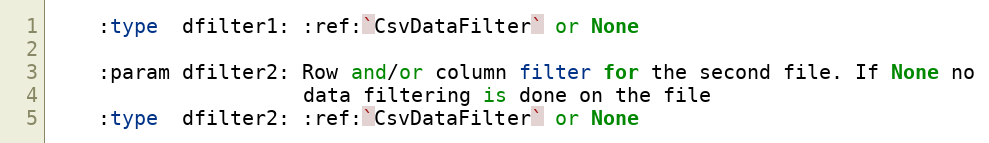
Language: Python
    :type  dfilter1: :ref:`CsvDataFilter` or None

    :param dfilter2: Row and/or column filter for the second file. If None no
                     data filtering is done on the file
    :type  dfilter2: :ref:`CsvDataFilter` or None